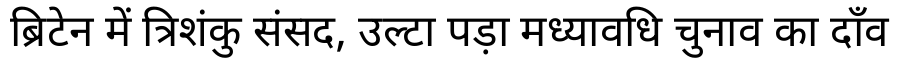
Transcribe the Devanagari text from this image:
ब्रिटेन में त्रिशंकु संसद, उल्टा पड़ा मध्यावधि चुनाव का दाँव